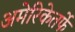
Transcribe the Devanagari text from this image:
अमेरिकेतर्फे